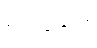
စာပို့ခြင်း